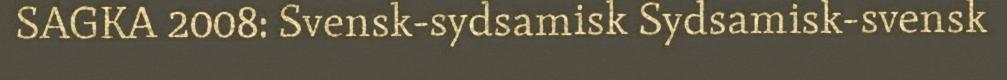
SAGKA 2008: Svensk-sydsamisk Sydsamisk-svensk